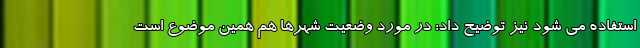
استفاده می شود نیز توضیح داد: در مورد وضعیت شهرها هم همین موضوع است